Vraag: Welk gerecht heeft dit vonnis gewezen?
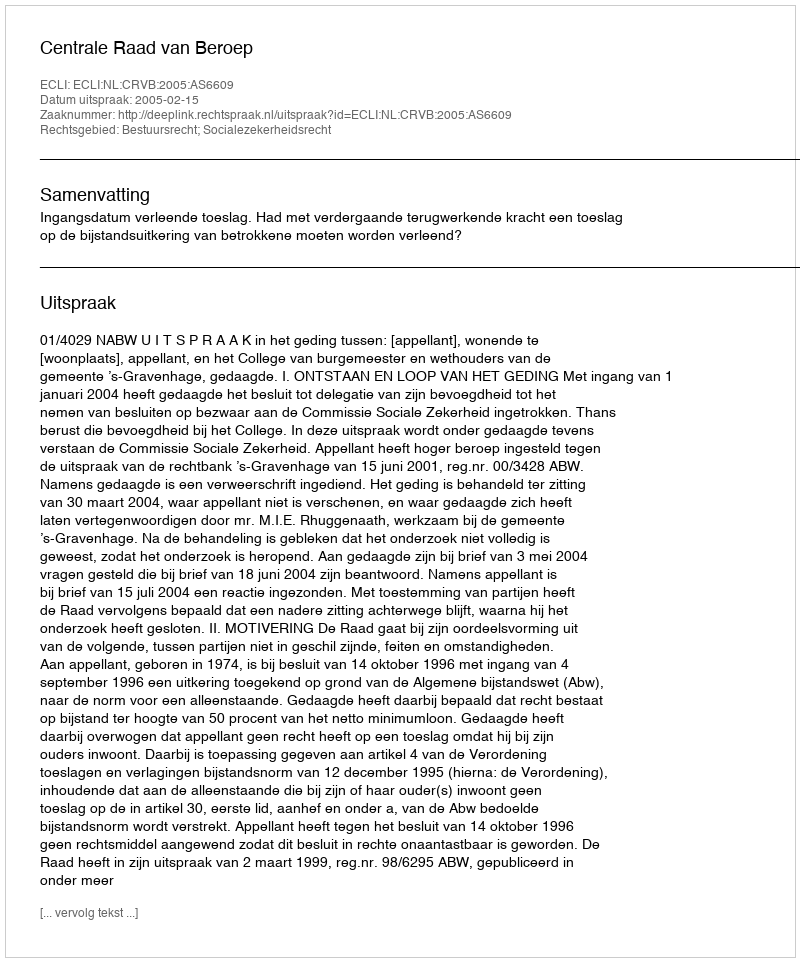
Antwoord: Centrale Raad van Beroep